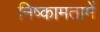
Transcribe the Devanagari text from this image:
निष्कामतामें